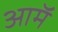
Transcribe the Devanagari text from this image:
आमॅ